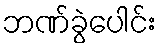
ဘဏ်ခွဲပေါင်း